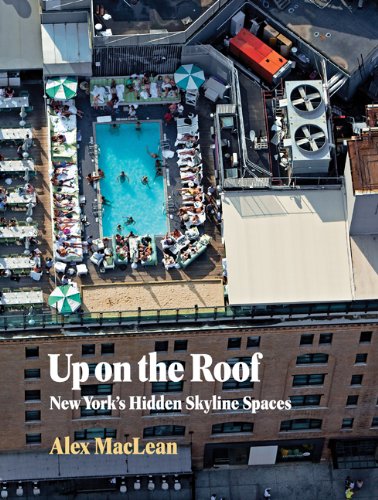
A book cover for Up on the Roof: New York's Hidden Skyline Spaces; Alex MacLean; Arts & Photography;